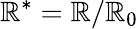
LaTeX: {\mathbb{R}^{*}}=\mathbb{R}/{\mathbb{R}_{0}}